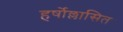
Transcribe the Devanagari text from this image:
हर्षोल्लासित